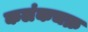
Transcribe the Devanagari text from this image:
कलंकचक्र